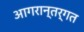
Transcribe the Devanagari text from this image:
आगरान्तर्गत